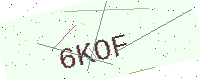
Text: 6KOF